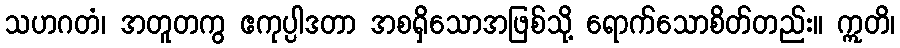
သဟဂတံ၊ အတူတကွ ဧကုပ္ပါဒတာ အစရှိသောအဖြစ်သို့ ရောက်သောစိတ်တည်း။ ဣတိ၊